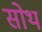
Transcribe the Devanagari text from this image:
सोथ